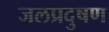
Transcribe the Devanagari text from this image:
जलप्रदुषण